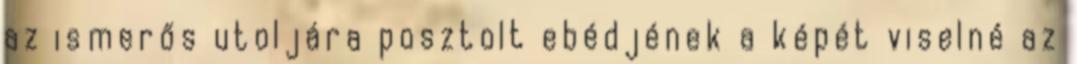
az ismerős utoljára posztolt ebédjének a képét viselné az